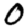
Digit: 0